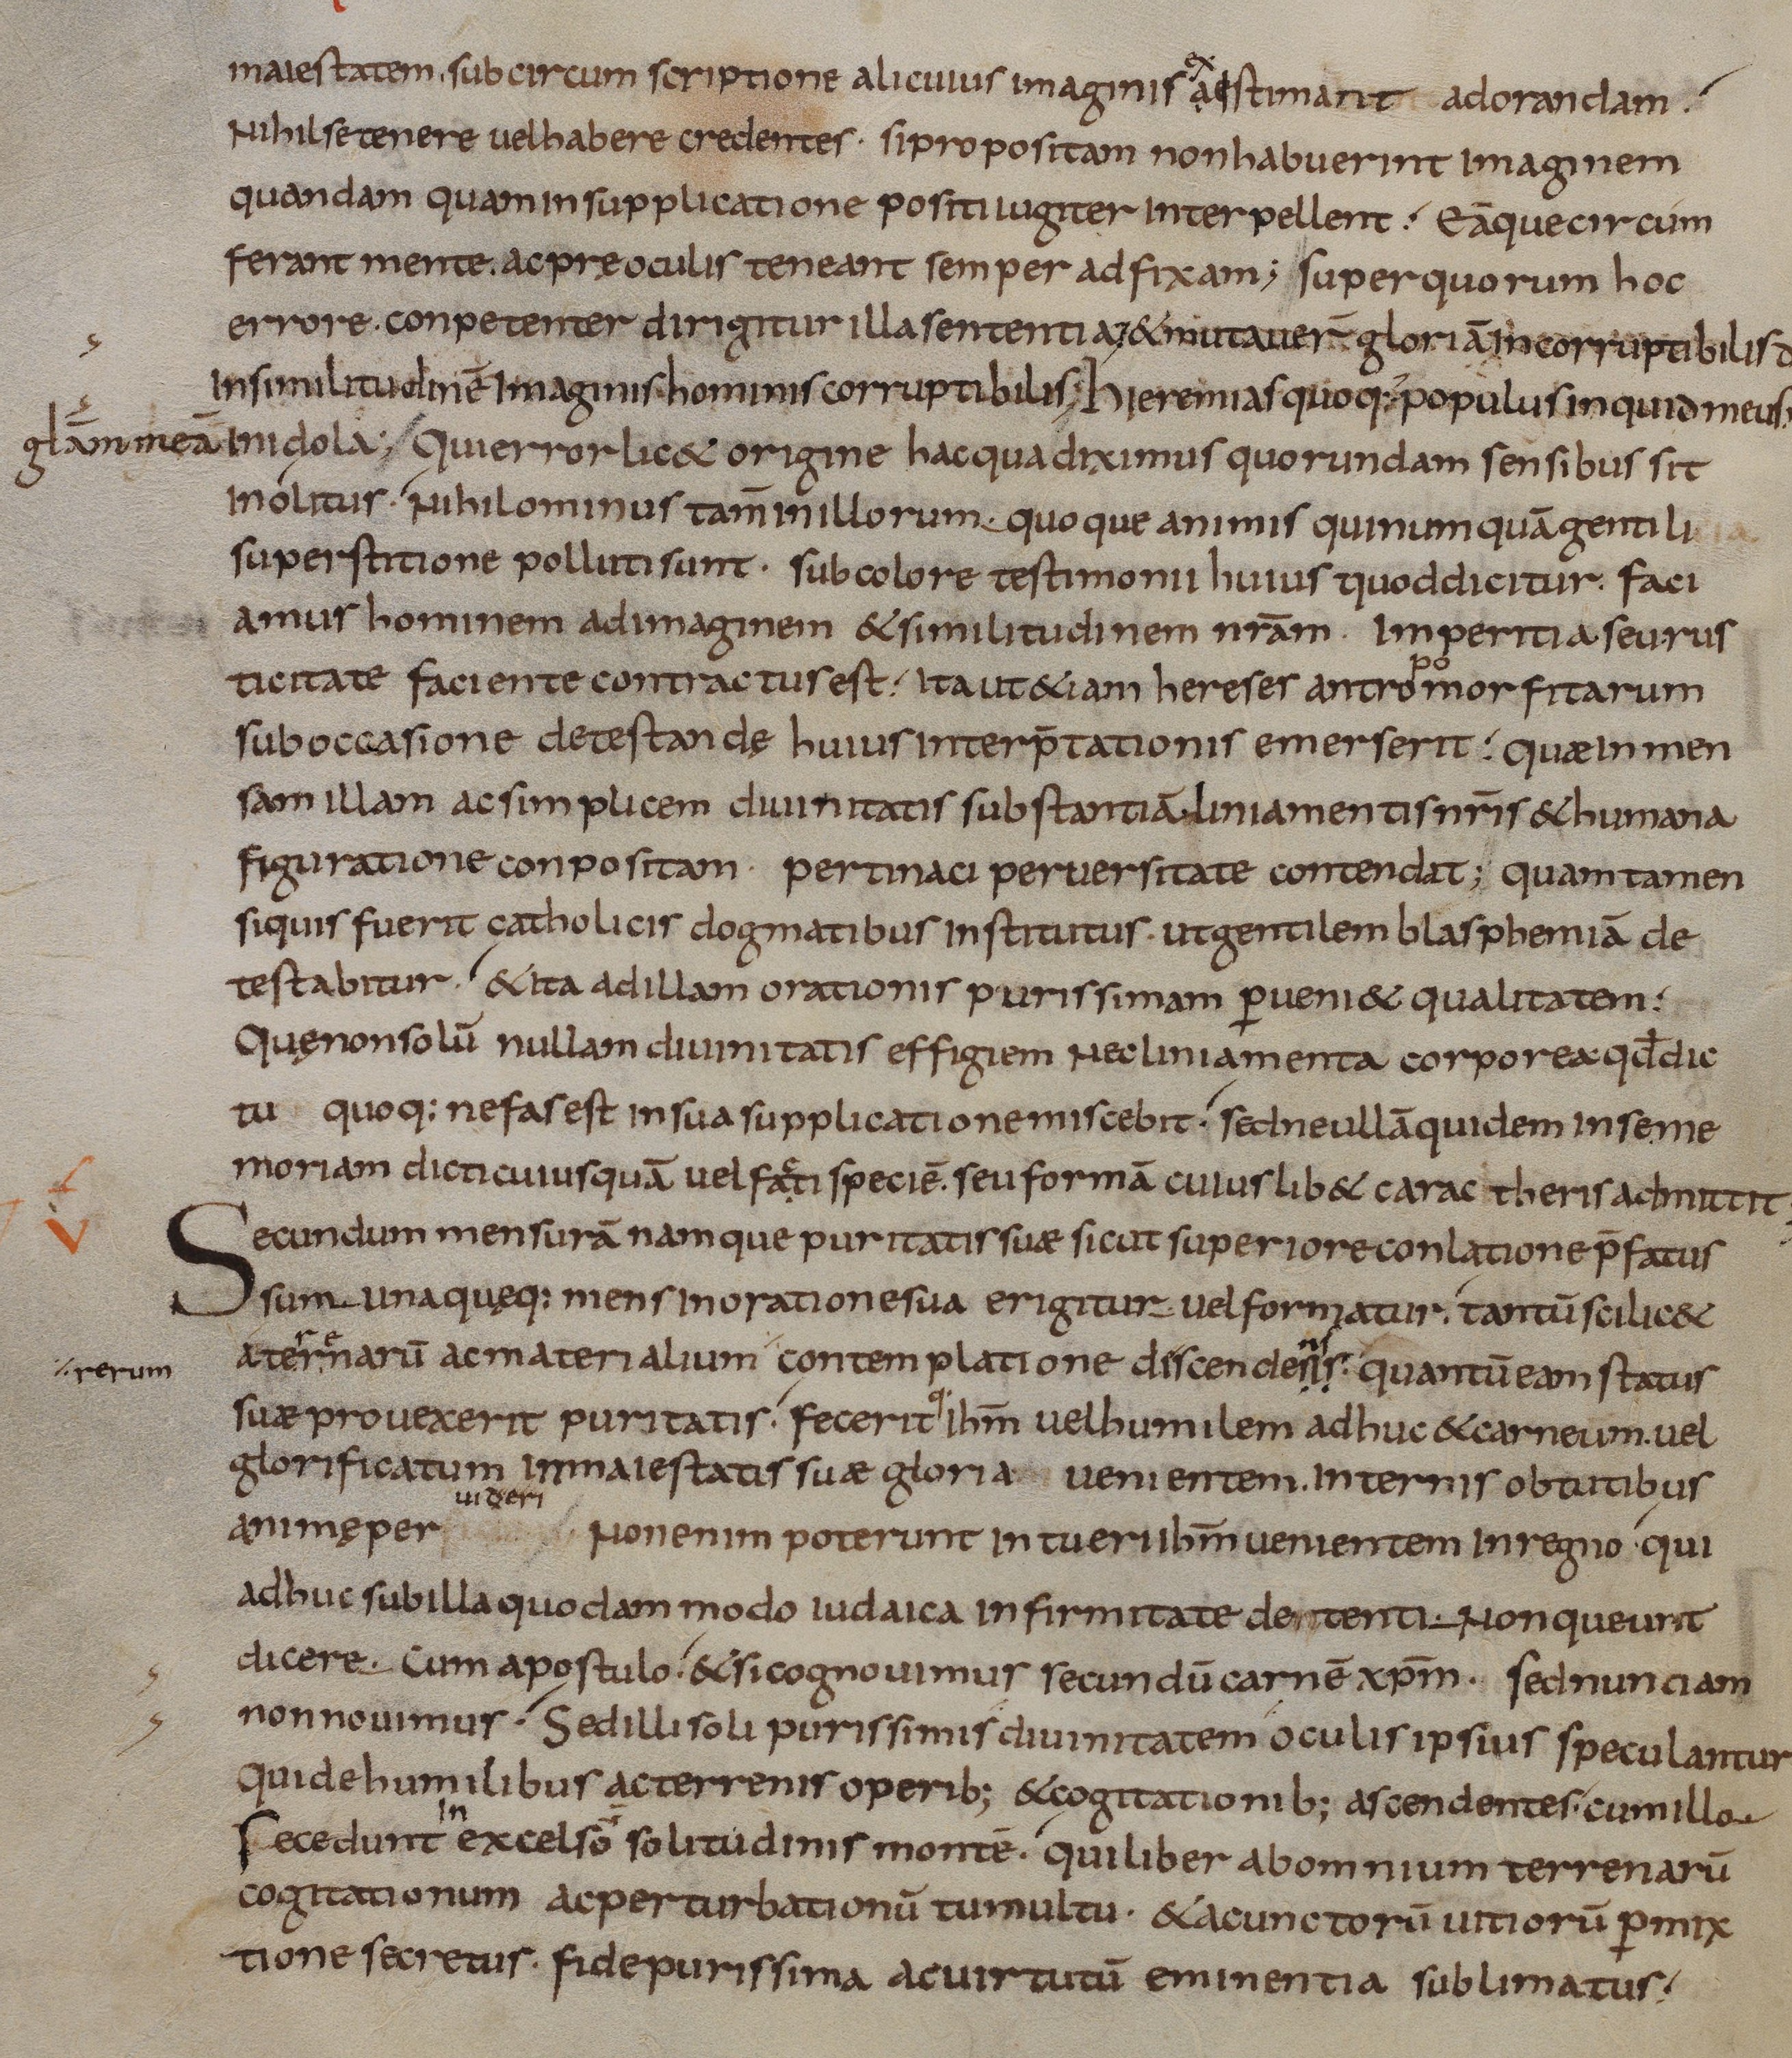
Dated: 833–865